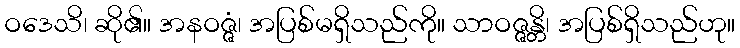
ဝဒေသိ၊ ဆို၏။ အနဝဇ္ဇံ၊ အပြစ်မရှိသည်ကို။ သာဝဇ္ဇန္တိ၊ အပြစ်ရှိသည်ဟု။